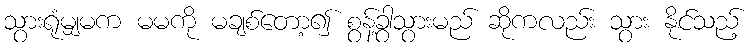
သွားရုံမျှမက မမကို မချစ်တော့၍ စွန့်ခွာသွားမည် ဆိုကလည်း သွား နိုင်သည့်